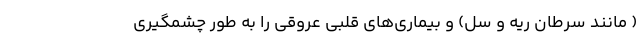
( مانند سرطان ریه و سل) و بیماری‌های قلبی عروقی را به طور چشمگیری